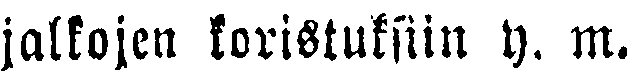
jalkojen koristuksiin y. m.